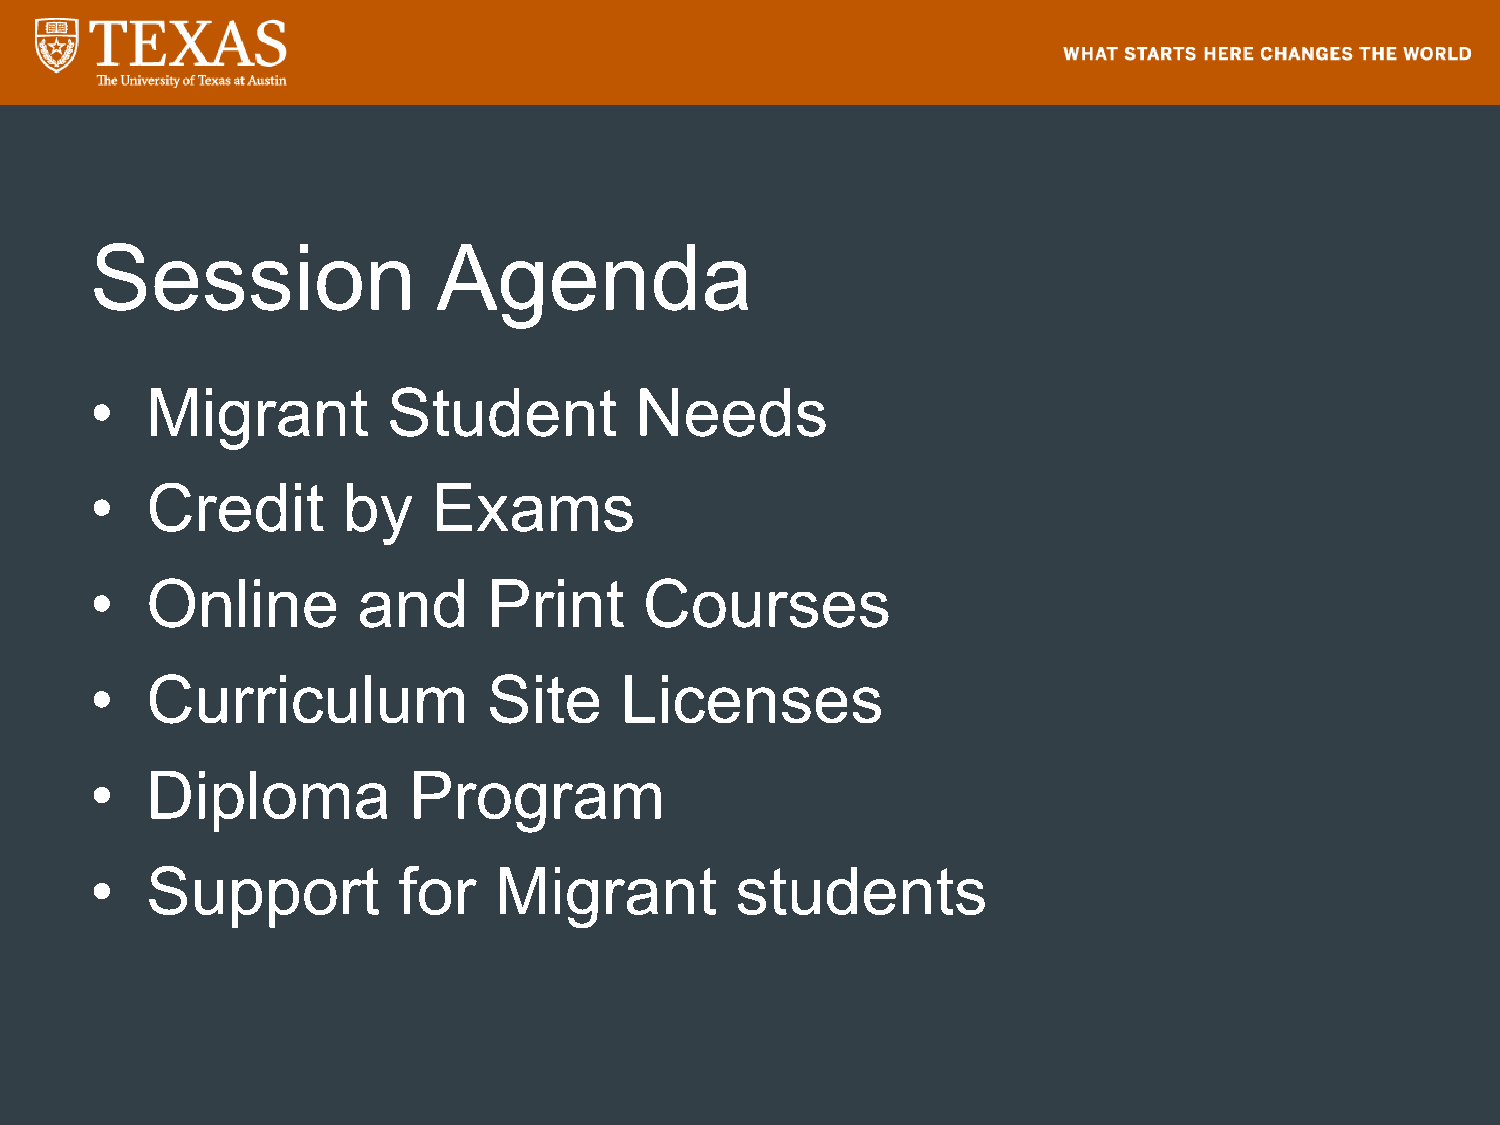
Session                Agenda
 •   Migrant         Student         Needs
 •   Credit       by    Exams
 •   Online        and     Print      Courses
 •   Curriculum            Site     Licenses
 •   Diploma          Program
 •   Support         for    Migrant         students